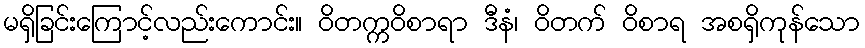
မရှိခြင်းကြောင့်လည်းကောင်း။ ဝိတက္ကဝိစာရာ ဒီနံ၊ ဝိတက် ဝိစာရ အစရှိကုန်သော